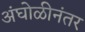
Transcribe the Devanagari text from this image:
अंघोळीनंतर